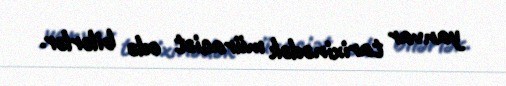
yanvar tarixinədək müraciət edə bilərlər.